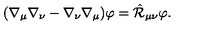
( \nabla _ { \mu } \nabla _ { \nu } - \nabla _ { \nu } \nabla _ { \mu } ) \varphi = \hat { \cal R } _ { \mu \nu } \varphi .